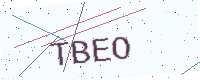
Text: TBEO